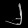
Digit: ၂